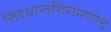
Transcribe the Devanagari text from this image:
सिद्धान्तशिरोमणीचे